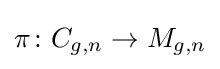
\pi \colon C_{g,n}\to M_{g,n}